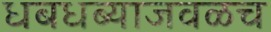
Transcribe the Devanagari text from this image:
धबधब्याजवळच